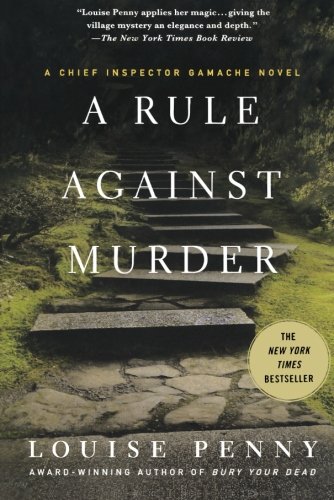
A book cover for A Rule Against Murder: A Chief Inspector Gamache Novel; Louise Penny; Mystery, Thriller & Suspense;